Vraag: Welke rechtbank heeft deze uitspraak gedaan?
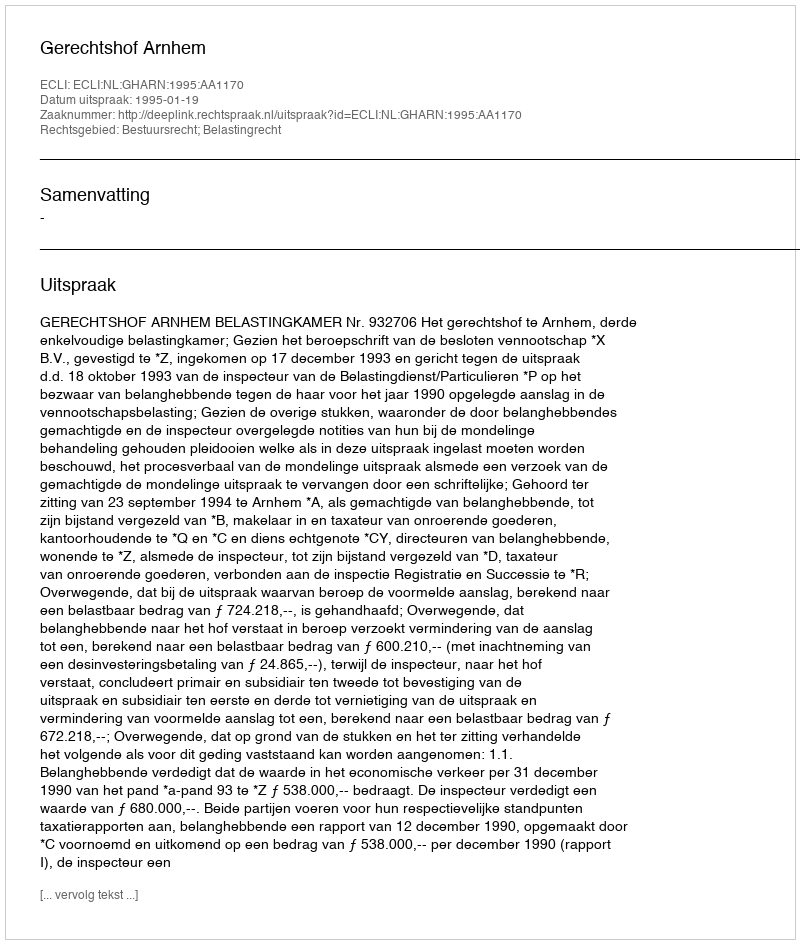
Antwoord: Gerechtshof Arnhem